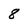
Character: 8